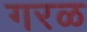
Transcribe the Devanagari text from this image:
गरळ